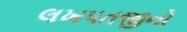
લખપતજીનો